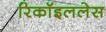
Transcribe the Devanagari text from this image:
रिकॉइललेस